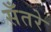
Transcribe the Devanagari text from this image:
सँतरे